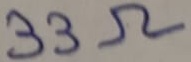
Text: 33Ω